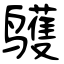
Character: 鹱